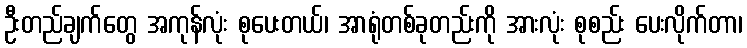
ဦးတည်ချက်တွေ အကုန်လုံး စုပေးတယ်၊ အာရုံတစ်ခုတည်းကို အားလုံး စုစည်း ပေးလိုက်တာ၊